Report of an investigation of the epidemic of malarial fever in Assam, or, kala-azar
Disease focus: Malaria
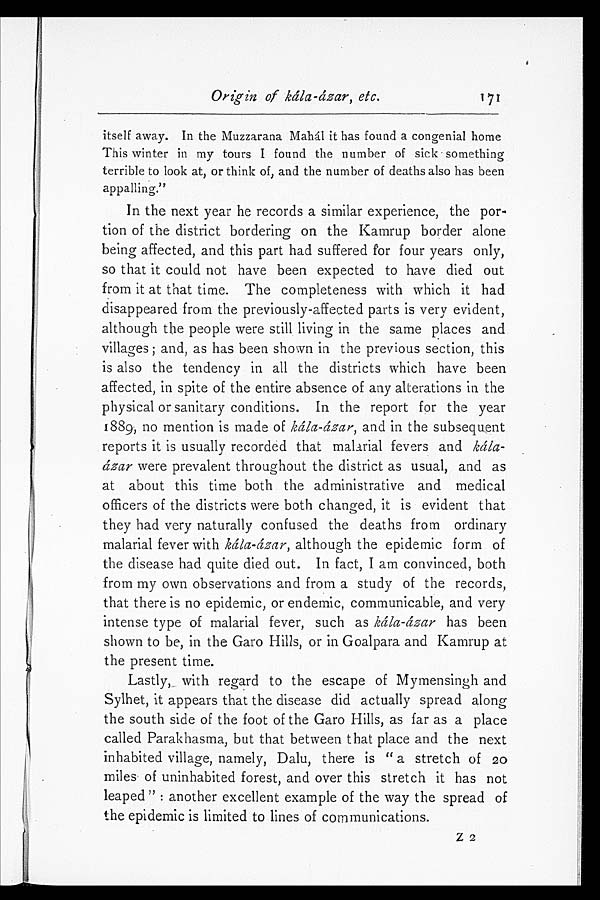
Origin of kála-ázar, etc.1 7 1
itself away. In the Muzzarana Mahál it has found a congenial home
This winter in my tours I found the number of sick something
terrible to look at, or think of, and the number of deaths also has been
appalling."
In the next year he records a similar experience, the por-
tion of the district bordering on the Kamrup border alone
being affected, and this part had suffered for four years only,
so that it could not have been expected to have died out
from it at that time. The completeness with which it had
disappeared from the previously-affected parts is very evident,
although the people were still living in the same places and
villages; and, as has been shown in the previous section, this
is also the tendency in all the districts which have been
affected, in spite of the entire absence of any alterations in the
physical or sanitary conditions. In the report for the year
1889, no mention is made of kála-ázar, and in the subsequent
reports it is usually recorded that malarial fevers and
kála-ázar were prevalent throughout the district as usual, and as
at about this time both the administrative and medical
officers of the districts were both changed, it is evident that
they had very naturally confused the deaths from ordinary
malarial fever with kála-ázar, although the epidemic form of
the disease had quite died out. In fact, I am convinced, both
from my own observations and from a study of the records,
that there is no epidemic, or endemic, communicable, and very
intense type of malarial fever, such as kála-ázar has been
shown to be, in the Garo Hills, or in Goalpara and Kamrup at
the present time.
Lastly, with regard to the escape of Mymensingh and
Sylhet, it appears that the disease did actually spread along
the south side of the foot of the Garo Hills, as far as a place
called Parakhasma, but that between that place and the next
inhabited village, namely, Dalu, there is "a stretch of 20
miles of uninhabited forest, and over this stretch it has not
leaped": another excellent example of the way the spread of
the epidemic is limited to lines of communications.
z 2